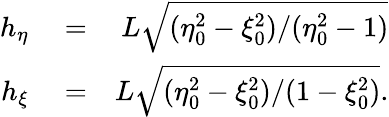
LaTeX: \begin{array}{rlr}{h_{\eta}}&{{}=}&{L\sqrt{(\eta_{0}^{2}-\xi_{0}^{2})/(\eta_{0}^{2}-1)}}\\ {h_{\xi}}&{{}=}&{L\sqrt{(\eta_{0}^{2}-\xi_{0}^{2})/(1-\xi_{0}^{2})}.}\end{array}